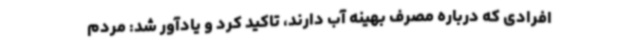
افرادی که درباره مصرف بهینه آب دارند، تاکید کرد و یادآور شد: مردم